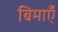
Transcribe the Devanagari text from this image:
बिमाएँ